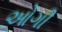
ઓગી